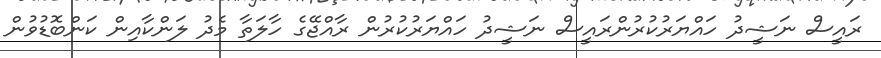
ރައީސް ނަޝީދު ހައްޔަރުކުރުންރައީސް ނަޝީދު ހައްޔަރުކުރުން ރާއްޖޭގެ ހާލަތާ މެދު ލަންކާއިން ކަންބޮޑުވުން